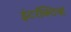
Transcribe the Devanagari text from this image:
इंटरॅक्टिव्ह